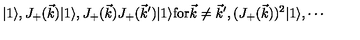
| 1 \rangle , J _ { + } ( \vec { k } ) | 1 \rangle , J _ { + } ( \vec { k } ) J _ { + } ( \vec { k } ^ { \prime } ) | 1 \rangle \mathrm { f o r } \vec { k } \not = \vec { k } ^ { \prime } , ( J _ { + } ( \vec { k } ) ) ^ { 2 } | 1 \rangle , \cdots